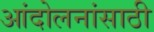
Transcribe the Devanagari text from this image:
आंदोलनांसाठी